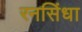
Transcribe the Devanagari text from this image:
रनसिंधा